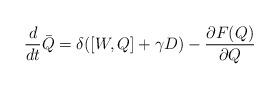
LaTeX: \begin{align*}\begin{array}{l}\displaystyle{\frac{d}{dt}\bar Q=\delta([W,Q]+\gamma D)-\frac{\partial F(Q)}{\partial Q}}\end{array}\end{align*}